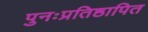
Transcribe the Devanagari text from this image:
पुनःप्रतिष्ठापित